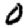
Digit: 0